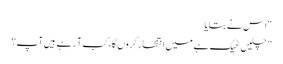
“ اس نے بتایا
” چلیں ٹھیک ہے میں انتظار کروں گا، کب آ رہے ہیں آپ؟